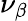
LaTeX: \nu_{\beta}